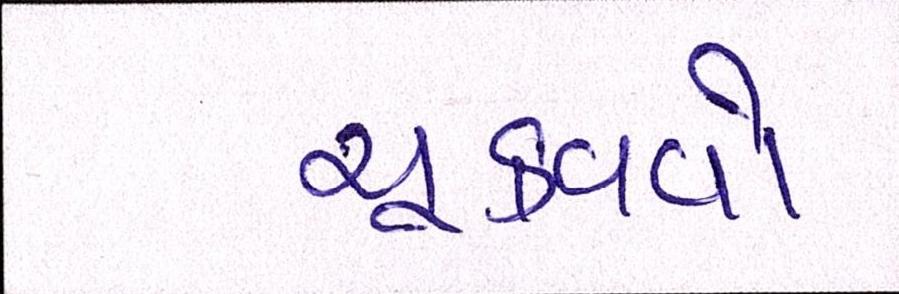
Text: ચૂકવવો